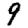
Digit: 9